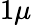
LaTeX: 1\mu